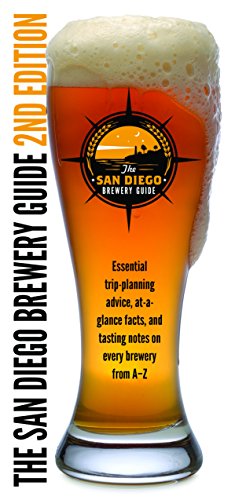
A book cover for San Diego Brewery Guide 2nd Edition; Bruce Glassman; Travel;